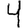
Digit: 4